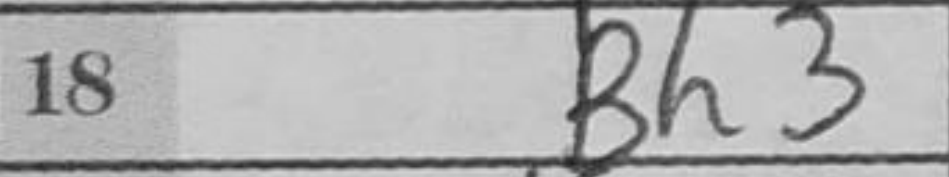
Transcription: Bh3